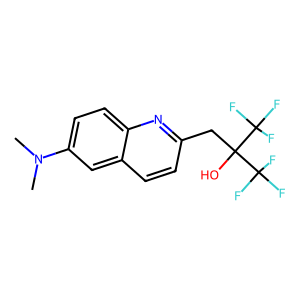
SMILES: CN(C)c1ccc2nc(CC(O)(C(F)(F)F)C(F)(F)F)ccc2c1
Inhibits HIV replication: No